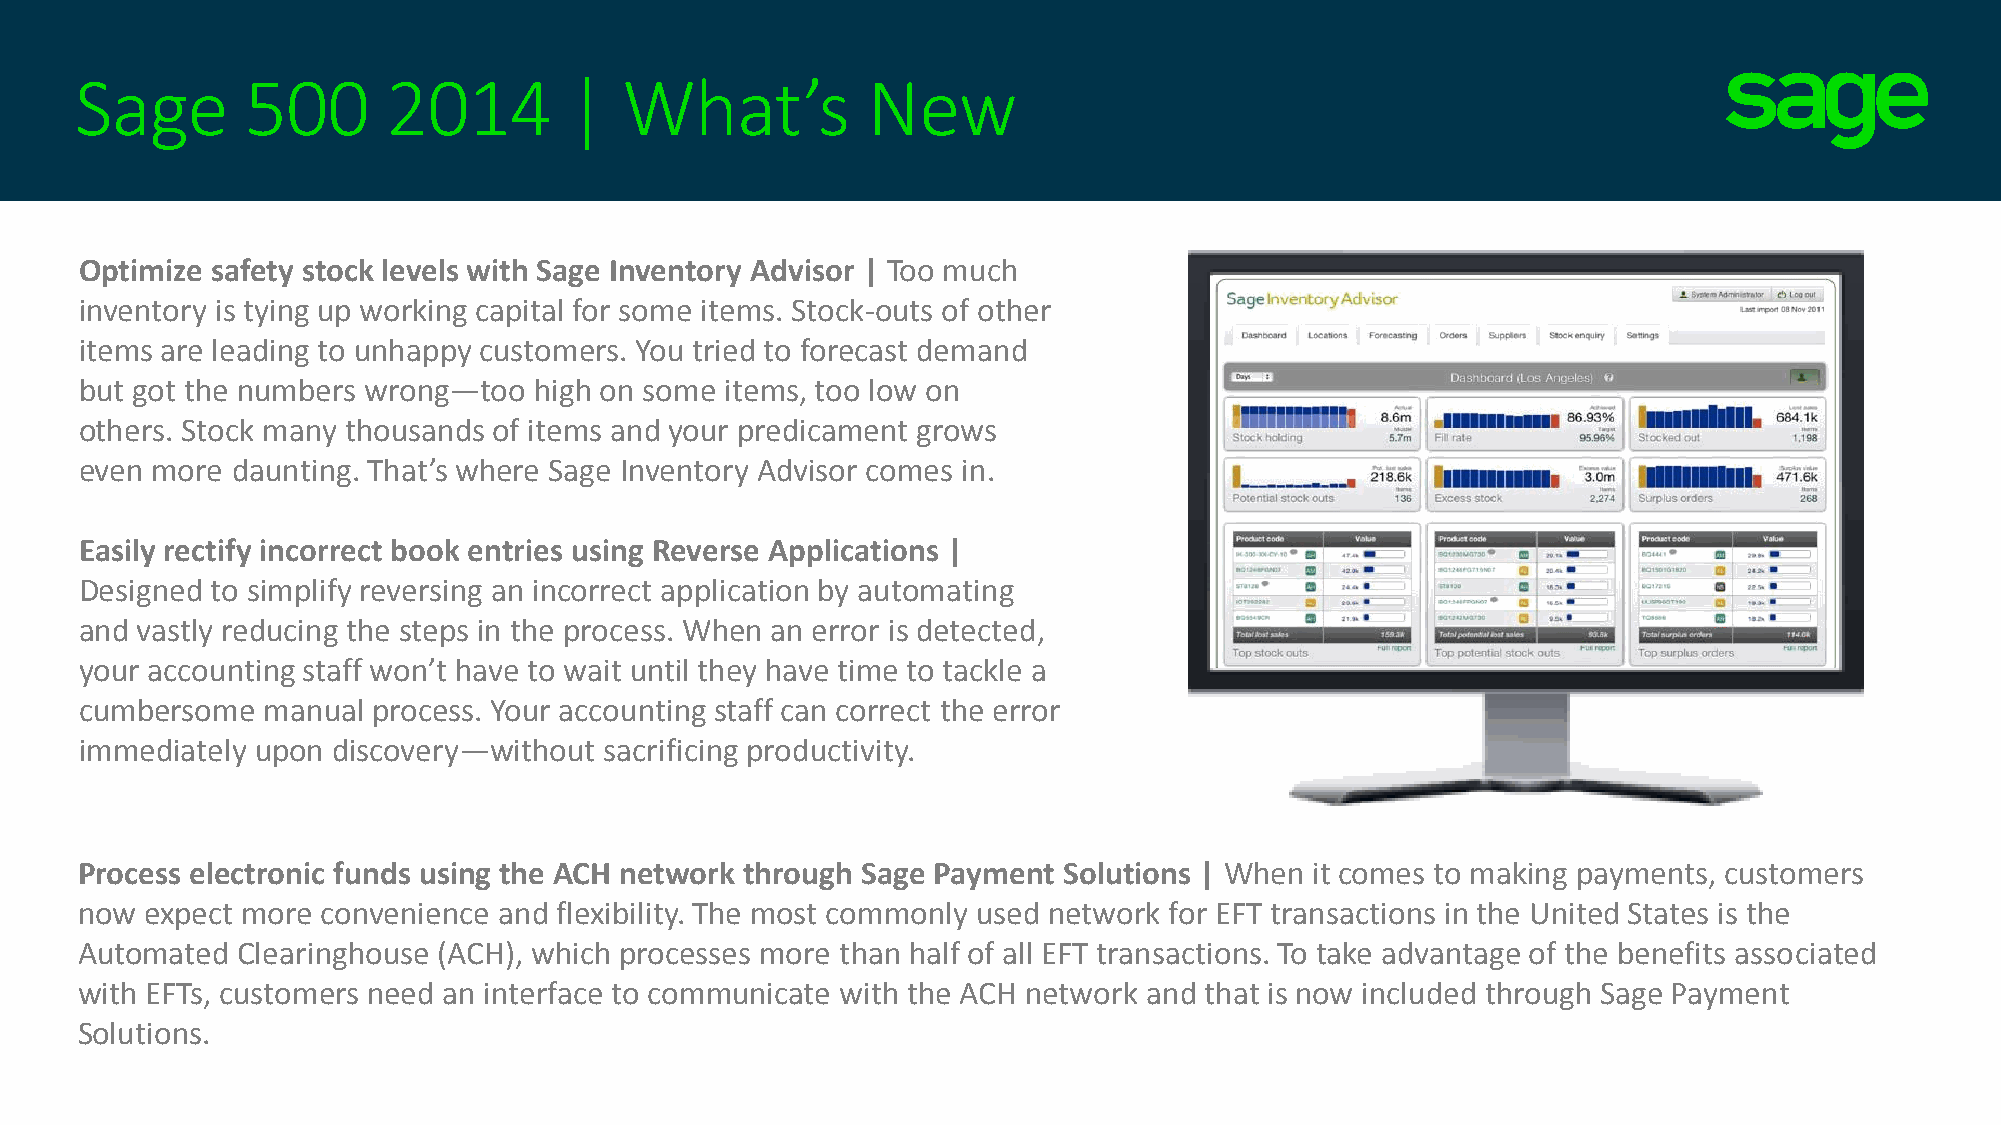
Sage       500       2014        |  What’s          New
 Optimize safety stock levels with Sage Inventory Advisor | Too much
 inventory is tying up working capital for some items. Stock-outs of other
 items are leading to unhappy customers. You tried to forecast demand
 but got the numbers wrong—too high on some items, too low on
 others. Stock many thousands of items and your predicament grows
 even more daunting. That’s where Sage Inventory Advisor comes in.
 Easily rectify incorrect book entries using Reverse Applications |
 Designed to simplify reversing an incorrect application by automating
 and vastly reducing the steps in the process. When an error is detected,
 your accounting staff won’t have to wait until they have time to tackle a
 cumbersome  manual  process. Your accounting staff can correct the error
 immediately upon discovery—without sacrificing productivity.
 Process electronic funds using the ACH network through Sage Payment Solutions | When it comes to making payments, customers
 now  expect more convenience and flexibility. The most commonly used network for EFT transactions in the United States is the
 Automated  Clearinghouse (ACH), which processes more than half of all EFT transactions. To take advantage of the benefits associated
 with EFTs, customers need an interface to communicate with the ACH network and that is now included through Sage Payment
 Solutions.